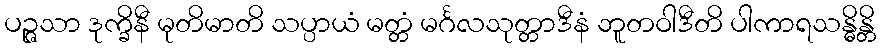
ပဉ္ဇသာ ဒုက္ခိနီ မုတိမာတိ သပ္ပာယံ မတ္တံ မင်္ဂလသုတ္တာဒီနံ ဘူတဝါဒီတိ ပါကာရသန္ဓိန္တိ